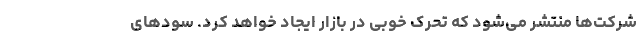
شرکت‌ها منتشر می‌شود که تحرک خوبی در بازار ایجاد خواهد کرد. سودهای